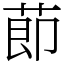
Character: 莭